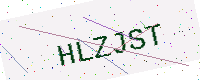
Text: HLZJST